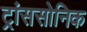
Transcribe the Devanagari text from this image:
ट्रांससोनिक